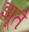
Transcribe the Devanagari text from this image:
झूते